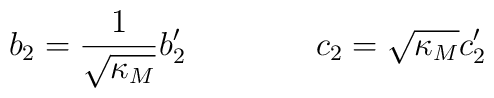
b_2 = \frac{1}{\sqrt{\kappa_M}} b'_2  \qquad\qquad c_2=\sqrt{\kappa_M}c'_2